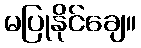
မပြုနိုင်ချေ။